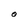
Character: O